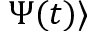
\Psi ( t ) \rangle